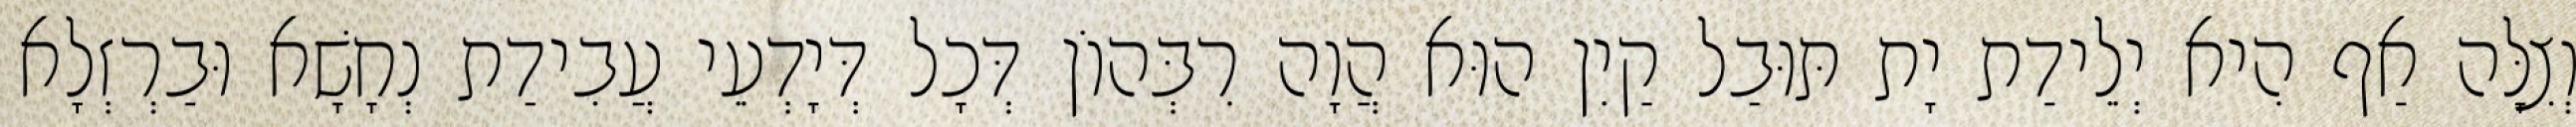
וְצִלָּה אַף הִיא יְלֵידַת יָת תּוּבַל קַיִן הוּא הֲוָה רִבְּהוֹן דְּכָל דְּיָדְעֵי עֲבִידַת נְחָשָׁא וּבַרְזְלָא